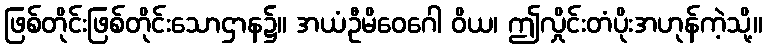
ဖြစ်တိုင်းဖြစ်တိုင်းသောဌာန၌။ အယံဦမိဝေဂေါ ဝိယ၊ ဤလှိုင်းတံပိုးအဟုန်ကဲ့သို့။